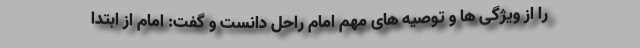
را از ویژگی ها و توصیه های مهم امام راحل دانست و گفت: امام از ابتدا